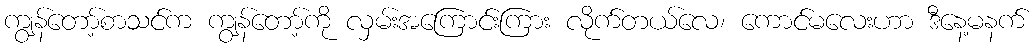
ကျွန်တော့်စာသင်က ကျွန်တော့်ကို လှမ်းအကြောင်းကြား လိုက်တယ်လေ၊ ကောင်မလေးဟာ ဒီနေ့မနက်